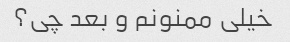
خیلی ممنونم و بعد چی؟